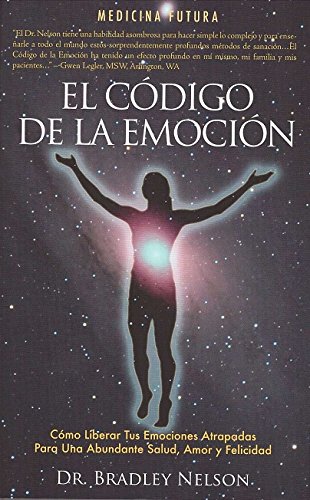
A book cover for El Codigo de la Emocion (Spanish Edition); Dr. Bradley Nelson; Self-Help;